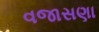
વજાસણા